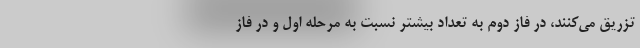
تزریق می‌کنند، در فاز دوم به تعداد بیشتر نسبت به مرحله اول و در فاز